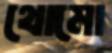
থোমো